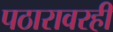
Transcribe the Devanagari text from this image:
पठारावरही